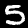
Label: 5